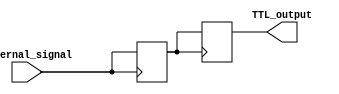
module io_block_TTL_buffer(
    input wire internal_signal,
    output reg TTL_output
);

reg internal_register;
reg TTL_register;

always @ (posedge internal_signal)
begin
    internal_register <= internal_signal;
end

always @ (posedge internal_register)
begin
    TTL_register <= internal_register;
end

assign TTL_output = TTL_register;

endmodule